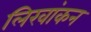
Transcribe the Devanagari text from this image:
लिखांकन